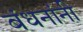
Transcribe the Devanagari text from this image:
बंधनांनी